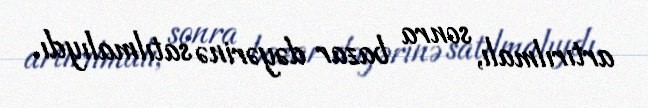
artırılmalı, sonra bazar dəyərinə satılmalıydı.